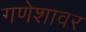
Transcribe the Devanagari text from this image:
गणेशावर